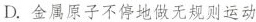
D.金属原子不停地做无规则运动